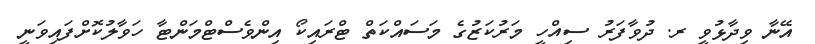
އޭނާ ވިދާޅުވީ ރ. ދުވާފަރު ސިއްހީ މަރުކަޒުގެ މަސައްކަތް ޓްރައިކޯ އިންވެސްޓްމަންޓާ ހަވާލުކޮށްފައިވަނީ